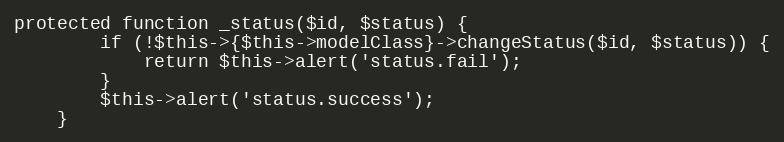
Language: PHP
protected function _status($id, $status) {
		if (!$this->{$this->modelClass}->changeStatus($id, $status)) {
			return $this->alert('status.fail');
		}
		$this->alert('status.success');
	}